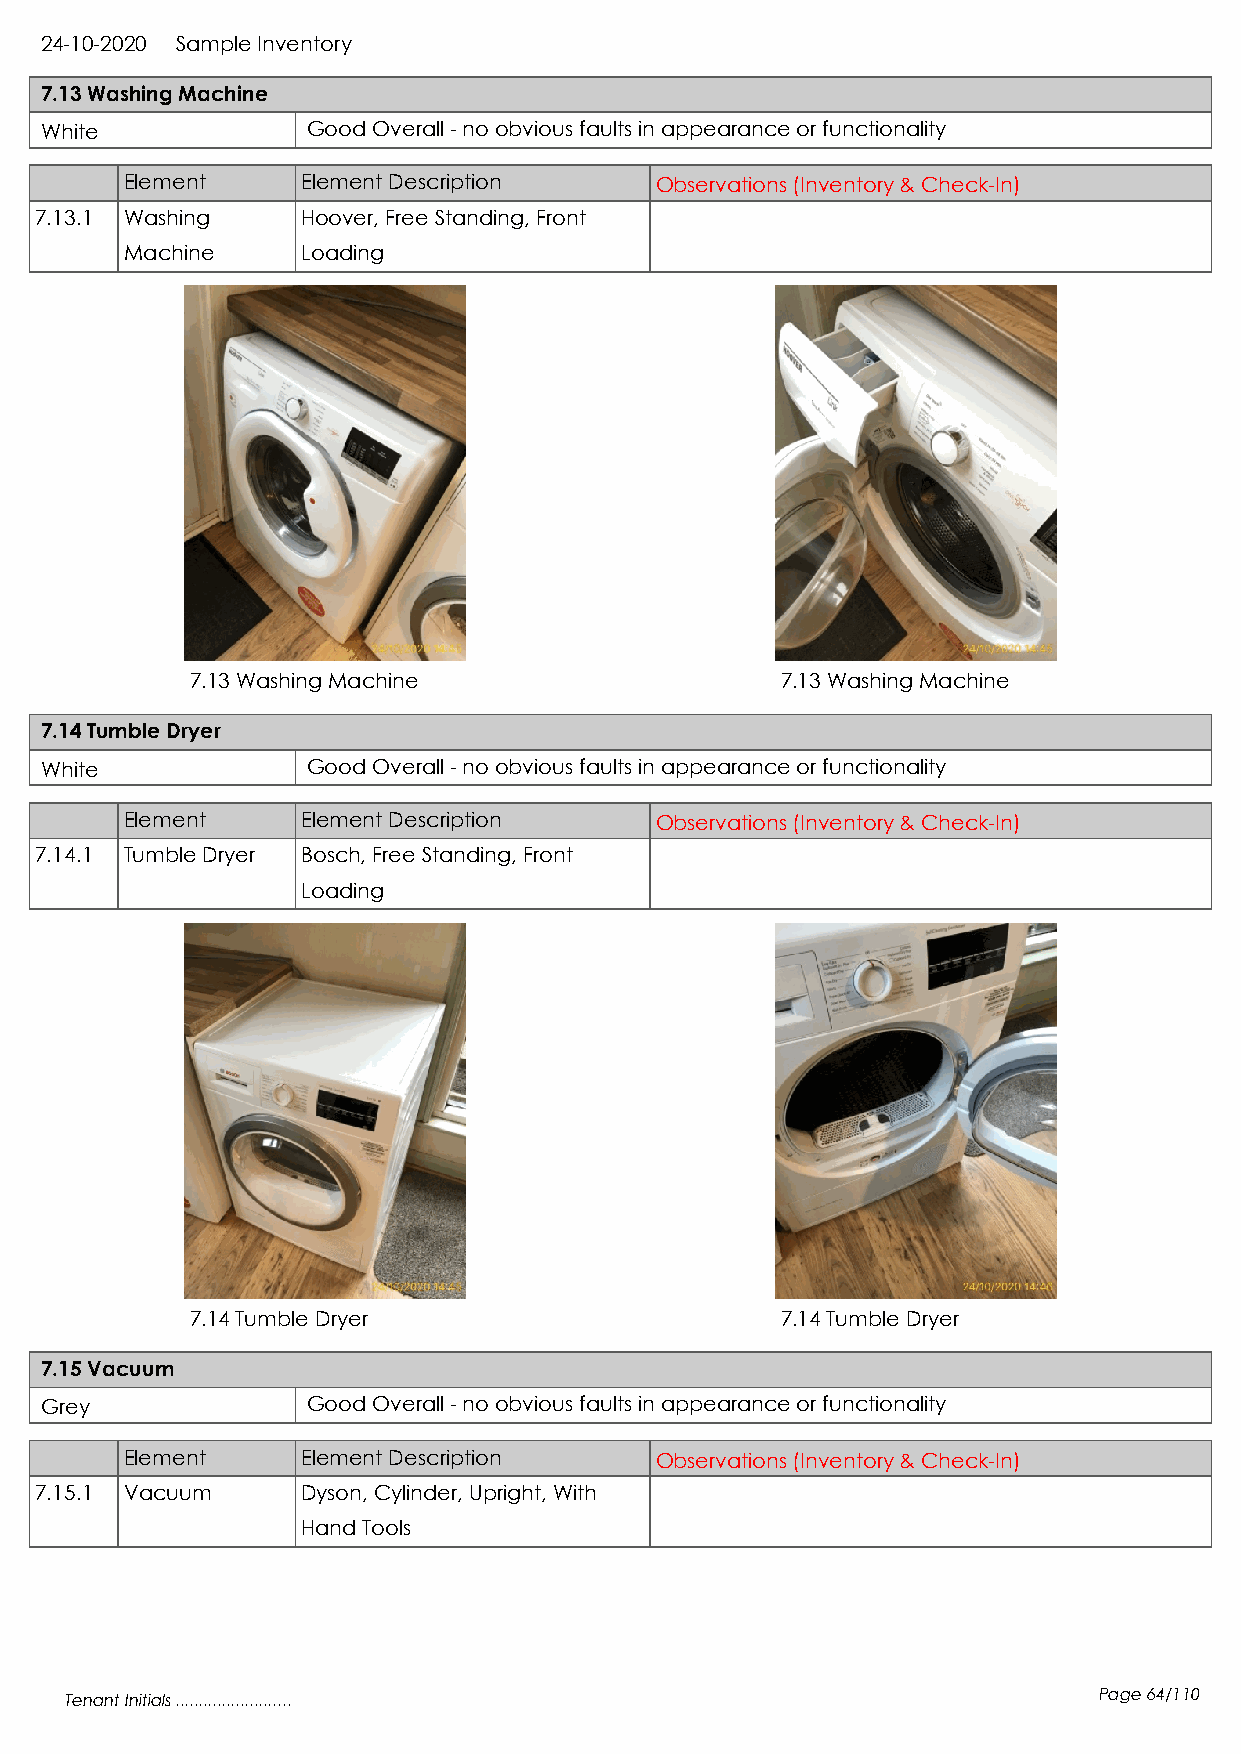
24-10-2020 Sample Inventory
 7.13 Washing Machine
 White            Good Overall - no obvious faults in appearance or functionality
 Element     Element Description    Observations (Inventory & Check-In)
 7.13.1 Washing    Hoover, Free Standing, Front
 Machine     Loading
 7.13 Washing Machine                   7.13 Washing Machine
 7.14 Tumble Dryer
 White            Good Overall - no obvious faults in appearance or functionality
 Element     Element Description    Observations (Inventory & Check-In)
 7.14.1 Tumble Dryer Bosch, Free Standing, Front
 Loading
 7.14 Tumble Dryer                      7.14 Tumble Dryer
 7.15 Vacuum
 Grey             Good Overall - no obvious faults in appearance or functionality
 Element     Element Description    Observations (Inventory & Check-In)
 7.15.1 Vacuum     Dyson, Cylinder, Upright, With
 Hand Tools
 Tenant Initials .........................                            Page 64/110